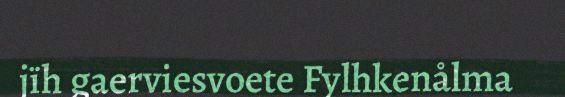
jïh gaerviesvoete Fylhkenålma